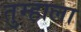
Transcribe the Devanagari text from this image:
तुम्‍हाला